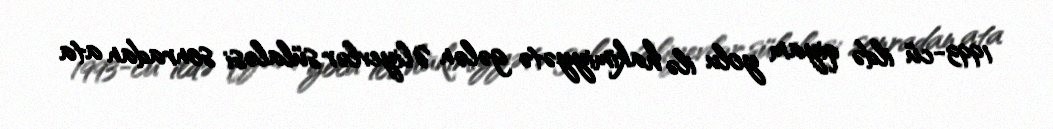
1993-cü ildə qiyam yolu ilə hakimiyyətə gələn Əliyevlər sülaləsi sonradan ata